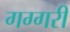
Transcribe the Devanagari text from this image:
गग्गरी